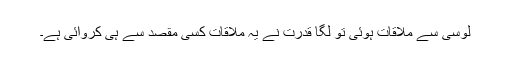
لوسی سے ملاقات ہوئی تو لگا قدرت نے یہ ملاقات کسی مقصد سے ہی کروائی ہے۔